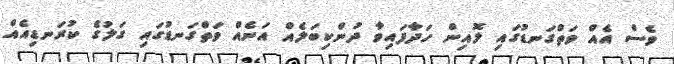
ވެސް އެއް ވަތްގަނޑުގައި ލޮއިން ހަދާފައިވާ ދުންކިބަލެއް އަނެއް ވަތްގަނޑުގައި ގަލުގެ ކުރަނޑިއެއް